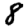
Digit: 8